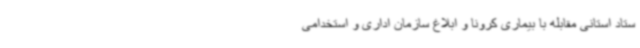
ستاد استانی مقابله با بیماری کرونا و ابلاغ سازمان اداری و استخدامی